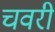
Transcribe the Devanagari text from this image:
चवरी